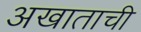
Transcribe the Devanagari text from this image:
अखाताची